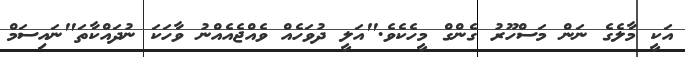
އަކީ މާލެގެ ނަން މަސްހޫރު ގެންގް މީހެކެވެ."އަލީ ދުވަހެއް ވެއްޖެއެއްނު ވާހަކަ ނުދައްކާތަ"ނައިސަމް